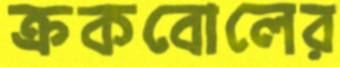
ক্রকবোলের